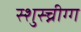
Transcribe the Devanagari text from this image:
स्शुस्च्नीग्ग